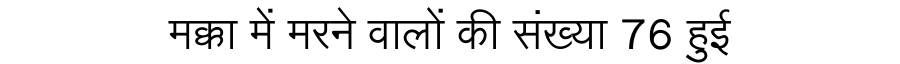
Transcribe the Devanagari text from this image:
मक्का में मरने वालों की संख्या 76 हुई